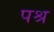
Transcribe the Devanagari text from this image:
पश्र